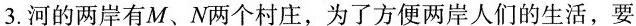
3.河的两岸有M、N两个村庄，为了方便两岸人们的生活，要